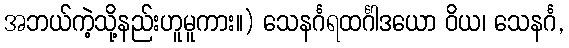
အဘယ်ကဲ့သို့နည်းဟူမူကား။) သေနင်္ဂရထင်္ဂါဒယော ဝိယ၊ သေနင်္ဂ,